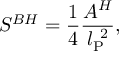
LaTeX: { S } ^ { B H } = { \frac { 1 } { 4 } } { \frac { A ^ { H } } { l _ { \mathrm { \scriptsize { P } } } ^ { ~ 2 } } } ,